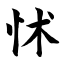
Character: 怵